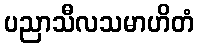
ပညာသီလသမာဟိတံ